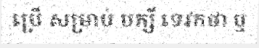
ប្រើ សម្រាប់ បក្សី ទេវកថា ឬ